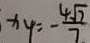
x _ { 4 } = - \frac { 4 \sqrt { 7 } } { 7 }